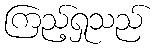
ကြည့်ရှုသည်